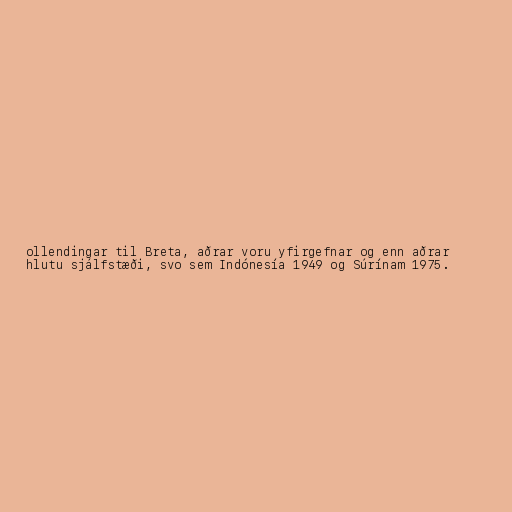
ollendingar til Breta, aðrar voru yfirgefnar og enn aðrar
hlutu sjálfstæði, svo sem Indónesía 1949 og Súrínam 1975.